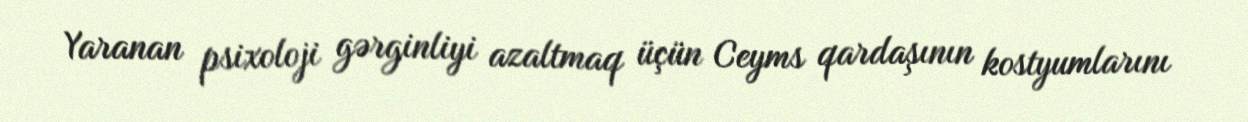
Yaranan psixoloji gərginliyi azaltmaq üçün Ceyms qardaşının kostyumlarını